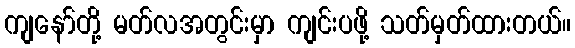
ကျနော်တို့ မတ်လအတွင်းမှာ ကျင်းပဖို့ သတ်မှတ်ထားတယ်။